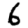
Digit: 6